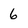
Character: 6